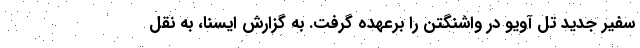
سفیر جدید تل آویو در واشنگتن را برعهده گرفت. به گزارش ایسنا، به نقل